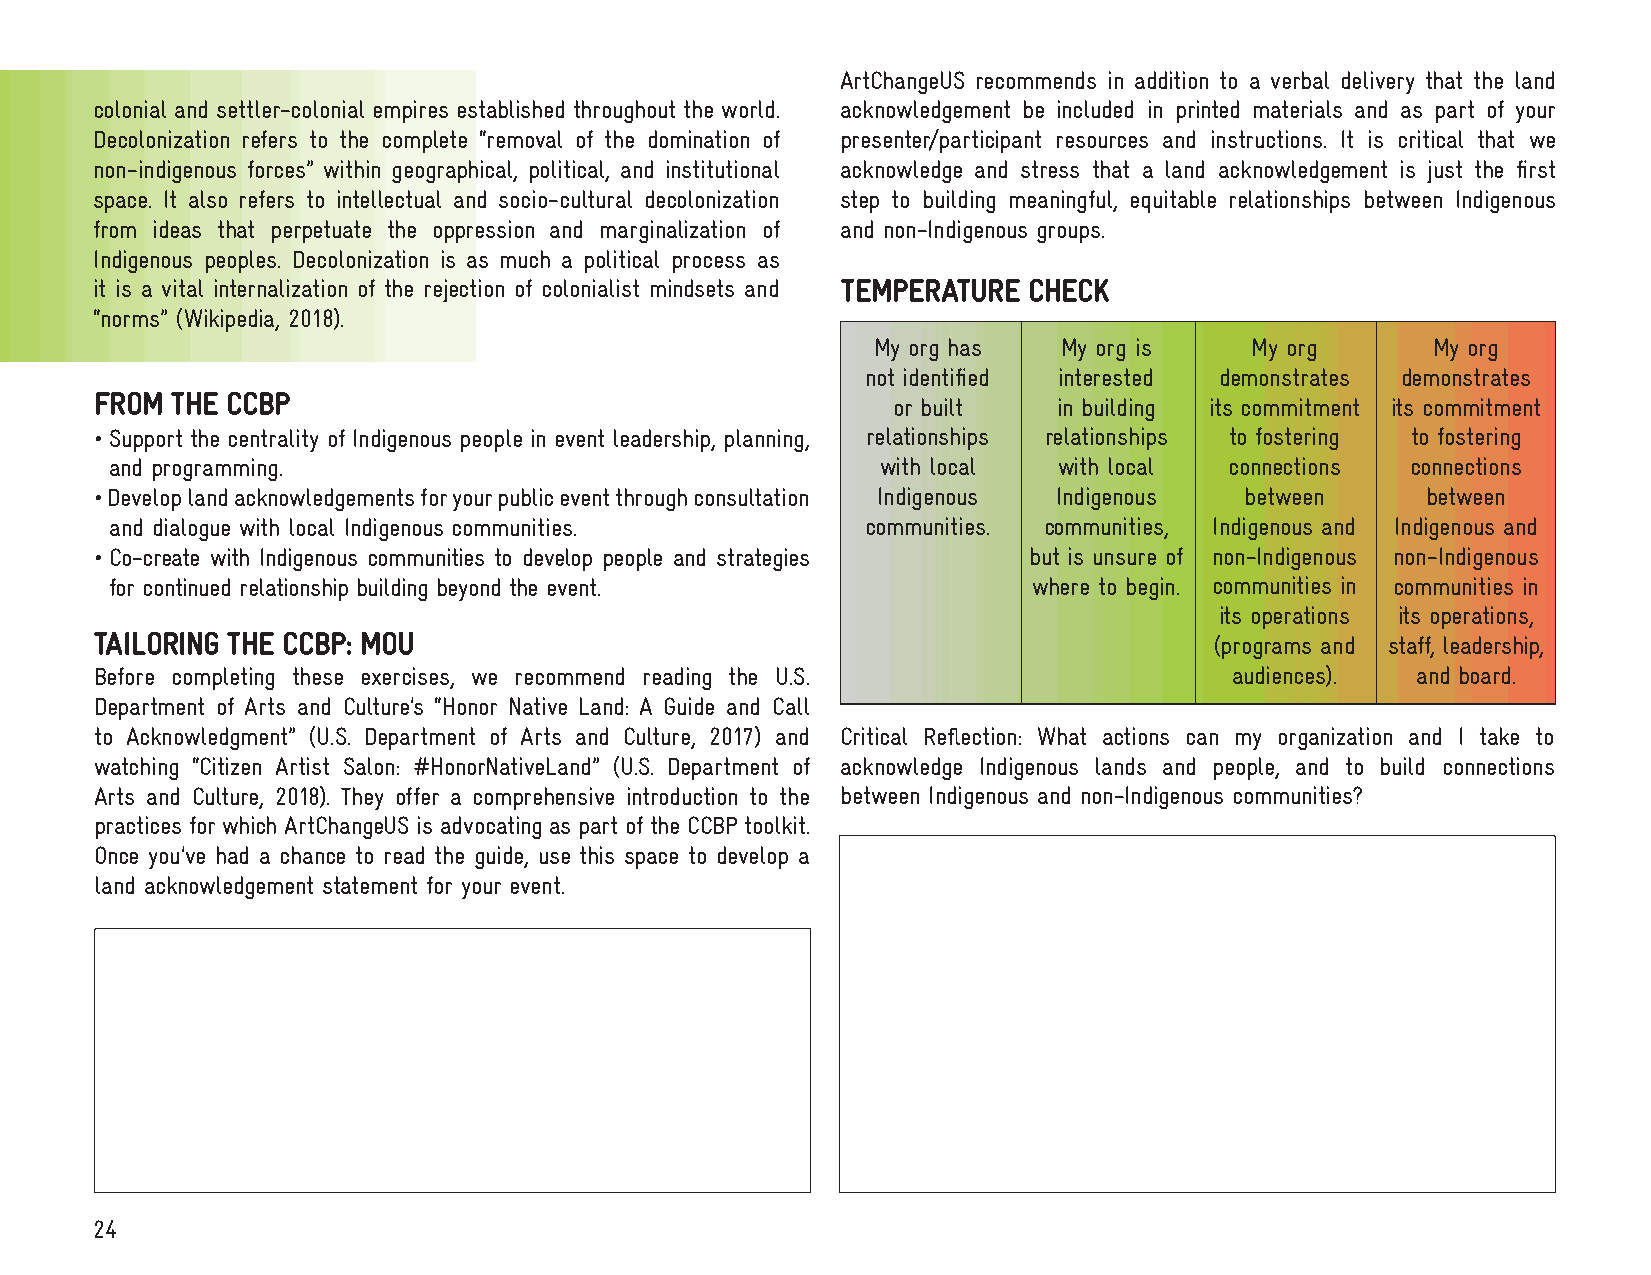
ArtChangeUS recommends in addition to a verbal delivery that the land
 colonial and settler-colonial empires established throughout the world. acknowledgement be included in printed materials and as part of your
 Decolonization refers to the complete “removal of the domination of presenter/participant resources and instructions. It is critical that we
 non-indigenous forces” within geographical, political, and institutional acknowledge and stress that a land acknowledgement is just the first
 space. It also refers to intellectual and socio-cultural decolonization step to building meaningful, equitable relationships between Indigenous
 from ideas that perpetuate the oppression and marginalization of and non-Indigenous groups.
 Indigenous peoples. Decolonization is as much a political process as
 it is a vital internalization of the rejection of colonialist mindsets and TEMPERATURE CHECK
 “norms” (Wikipedia, 2018).
 My org has  My org is    My org      My org
 not identified interested demonstrates demonstrates
 FROM THE CCBP
 or built   in building its commitment its commitment
 • Support the centrality of Indigenous people in event leadership, planning, relationships relationships to fostering to fostering
 and programming.                                   with local  with local connections connections
 • Develop land acknowledgements for your public event through consultation Indigenous Indigenous between between
 and dialogue with local Indigenous communities.   communities. communities, Indigenous and Indigenous and
 • Co-create with Indigenous communities to develop people and strategies but is unsure of non-Indigenous non-Indigenous
 for continued relationship building beyond the event.        where to begin. communities in communities in
 its operations its operations,
 TAILORING THE CCBP: MOU                                                   (programs and staff, leadership,
 Before completing these exercises, we recommend reading the U.S.            audiences). and board.
 Department of Arts and Culture’s “Honor Native Land: A Guide and Call
 to Acknowledgment” (U.S. Department of Arts and Culture, 2017) and Critical Reflection: What actions can my organization and I take to
 watching “Citizen Artist Salon: #HonorNativeLand” (U.S. Department of acknowledge Indigenous lands and people, and to build connections
 Arts and Culture, 2018). They offer a comprehensive introduction to the between Indigenous and non-Indigenous communities?
 practices for which ArtChangeUS is advocating as part of the CCBP toolkit.
 Once you’ve had a chance to read the guide, use this space to develop a
 land acknowledgement statement for your event.
 24